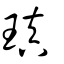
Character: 瑱